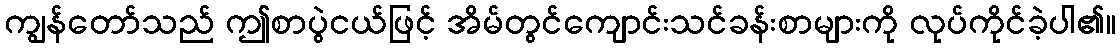
ကျွန်တော်သည် ဤစာပွဲငယ်ဖြင့် အိမ်တွင်ကျောင်းသင်ခန်းစာများကို လုပ်ကိုင်ခဲ့ပါ၏။